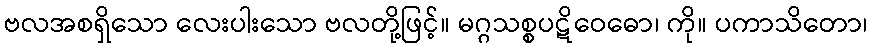
ဗလအစရှိသော လေးပါးသော ဗလတို့ဖြင့်။ မဂ္ဂသစ္စပဋိဝေဓော၊ ကို။ ပကာသိတော၊